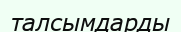
талсымдарды